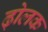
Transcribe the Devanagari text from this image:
ढ़ोलक